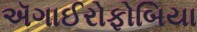
ઍગાઈરોફોબિયા